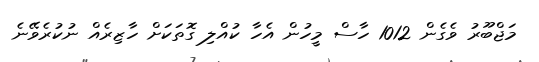
މަޖްބޫރު ވެގެން 1012 ހާސް މީހުން އެހާ ކުއްލި ގޮތަކަށް ހާޒިރެއް ނުކުރެވޭނެ